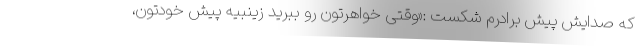
که صدایش پیش برادرم شکست :«وقتی خواهرتون رو ببرید زینبیه پیش خودتون،